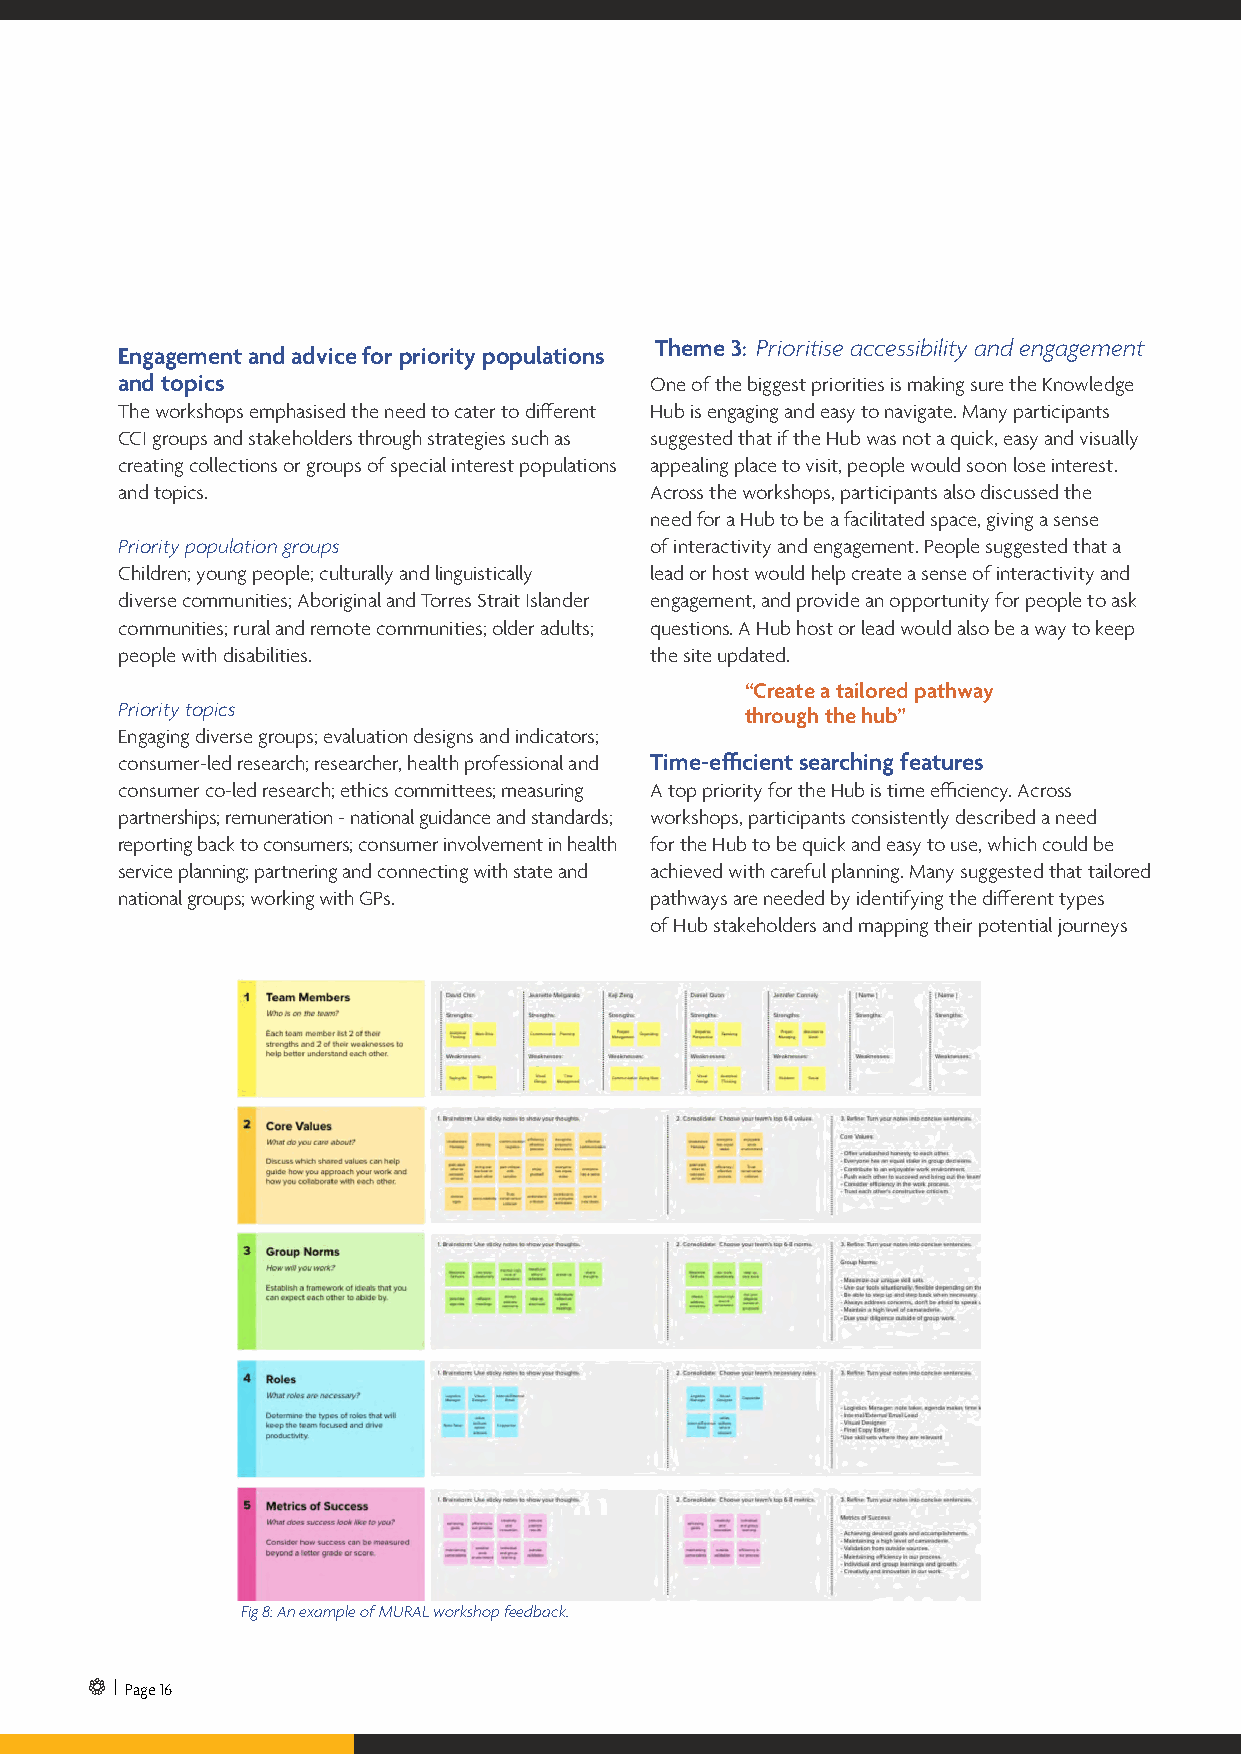
Engagement and advice for priority populations
 Theme 3: Prioritise accessibility and engagement
 0
 and topics                         One of the biggest priorities is making sure the Knowledge
 The workshops emphasised the need to cater to different Hub is engaging and easy to navigate. Many participants
 CCI groups and stakeholders through strategies such as suggested that if the Hub was not a quick, easy and visually
 creating collections or groups of special interest populations appealing place to visit, people would soon lose interest.
 and topics.                        Across the workshops, participants also discussed the
 need for a Hub to be a facilitated space, giving a sense
 Priority population groups         of interactivity and engagement. People suggested that a
 Children; young people; culturally and linguistically lead or host would help create a sense of interactivity and
 diverse communities; Aboriginal and Torres Strait Islander engagement, and provide an opportunity for people to ask
 communities; rural and remote communities; older adults; questions. A Hub host or lead would also be a way to keep
 people with disabilities.          the site updated.
 “Create a tailored pathway
 Priority topics
 through the hub”
 Engaging diverse groups; evaluation designs and indicators;
 consumer-led research; researcher, health professional and Time-efficient searching features
 consumer co-led research; ethics committees; measuring A top priority for the Hub is time efficiency. Across
 partnerships; remuneration - national guidance and standards; workshops, participants consistently described a need
 reporting back to consumers; consumer involvement in health for the Hub to be quick and easy to use, which could be
 service planning; partnering and connecting with state and achieved with careful planning. Many suggested that tailored
 national groups; working with GPs. pathways are needed by identifying the different types
 of Hub stakeholders and mapping their potential journeys
 Fig 8: An example of MURAL workshop feedback.
 | Page 16